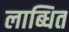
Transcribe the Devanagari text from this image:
लाब्धित